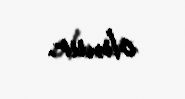
olmur.